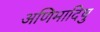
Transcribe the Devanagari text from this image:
अणिमादिषु